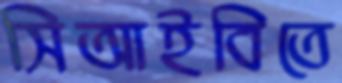
সিআইবিতে